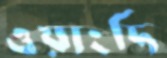
ওয়াংদি